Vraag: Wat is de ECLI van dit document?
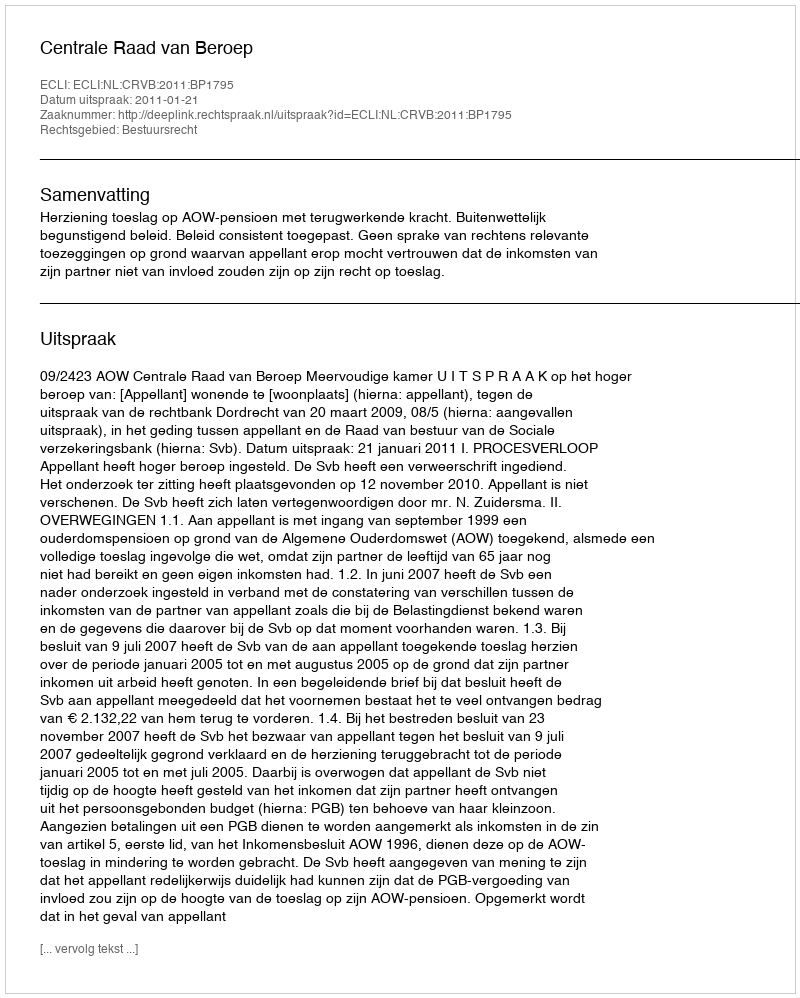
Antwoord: ECLI:NL:CRVB:2011:BP1795